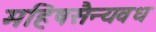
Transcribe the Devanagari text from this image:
महिषसैन्यवध